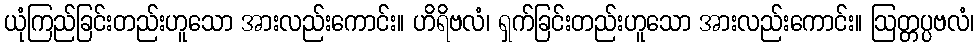
ယုံကြည်ခြင်းတည်းဟူသော အားလည်းကောင်း။ ဟိရိဗလံ၊ ရှက်ခြင်းတည်းဟူသော အားလည်းကောင်း။ ဩတ္တပ္ပဗလံ၊